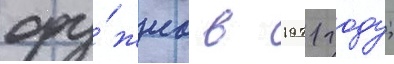
ору́жиа в 1971 году;